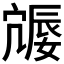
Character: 𪧩